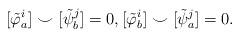
LaTeX: \begin{align*}[\tilde{\varphi}_a^i]\smile[\tilde{\psi}_b^j] = 0, [\tilde{\varphi}_b^i]\smile[\tilde{\psi}_a^j] = 0.\end{align*}